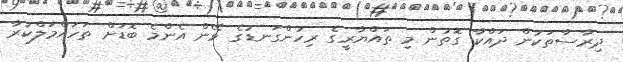
ދިރާސާތަކުން ދައްކާ ގޮތުން މި ތައްޔާރީގެ ރިހުންގަނޑުގެ ވޭން އެންމެ ބޮޑަށް ތަހައްމަލްކުރާ